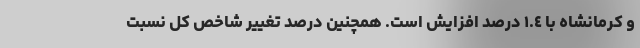
و کرمانشاه با ١.٤ درصد افزایش است. همچنین درصد تغییر شاخص کل نسبت